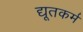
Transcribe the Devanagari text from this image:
द्यूतकर्म